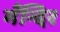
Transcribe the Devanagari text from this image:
मँन्दिर